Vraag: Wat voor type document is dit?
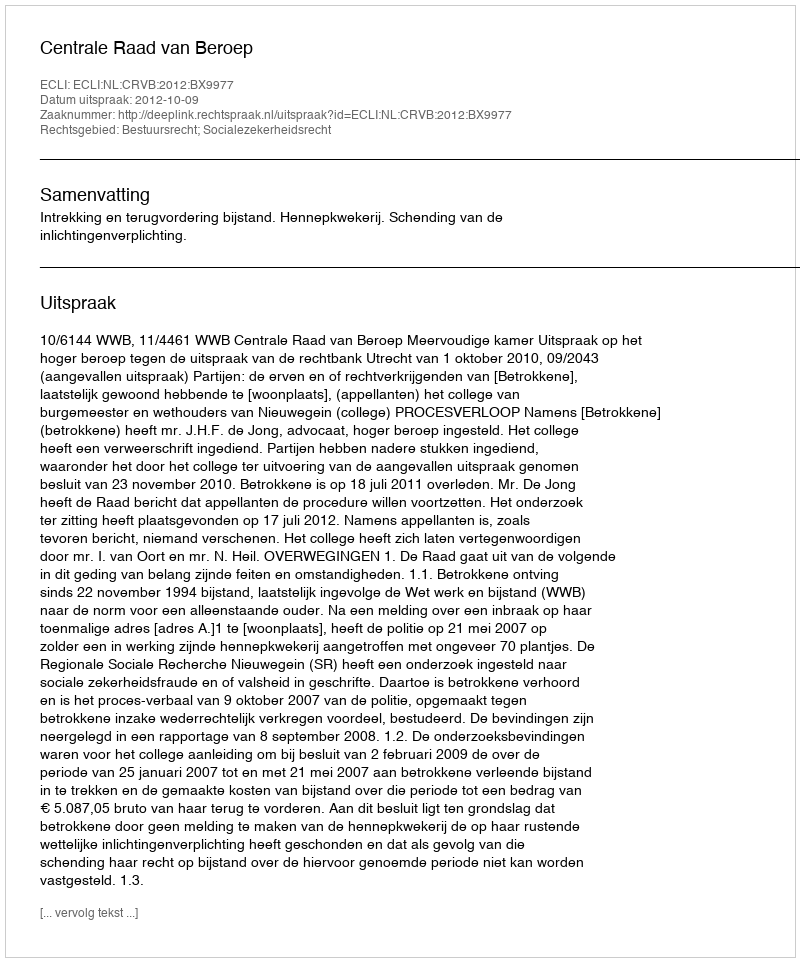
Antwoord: Uitspraak